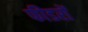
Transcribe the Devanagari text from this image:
फीडरों